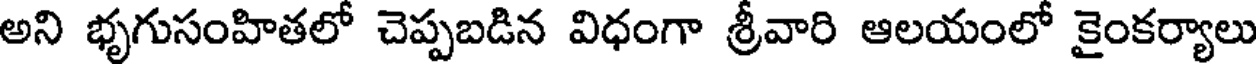
అని భృగుసంహితలో చెప్పబడిన విధంగా శ్రీవారి ఆలయంలో కైంకర్యాలు